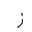
Letter: _zay